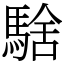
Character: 騇